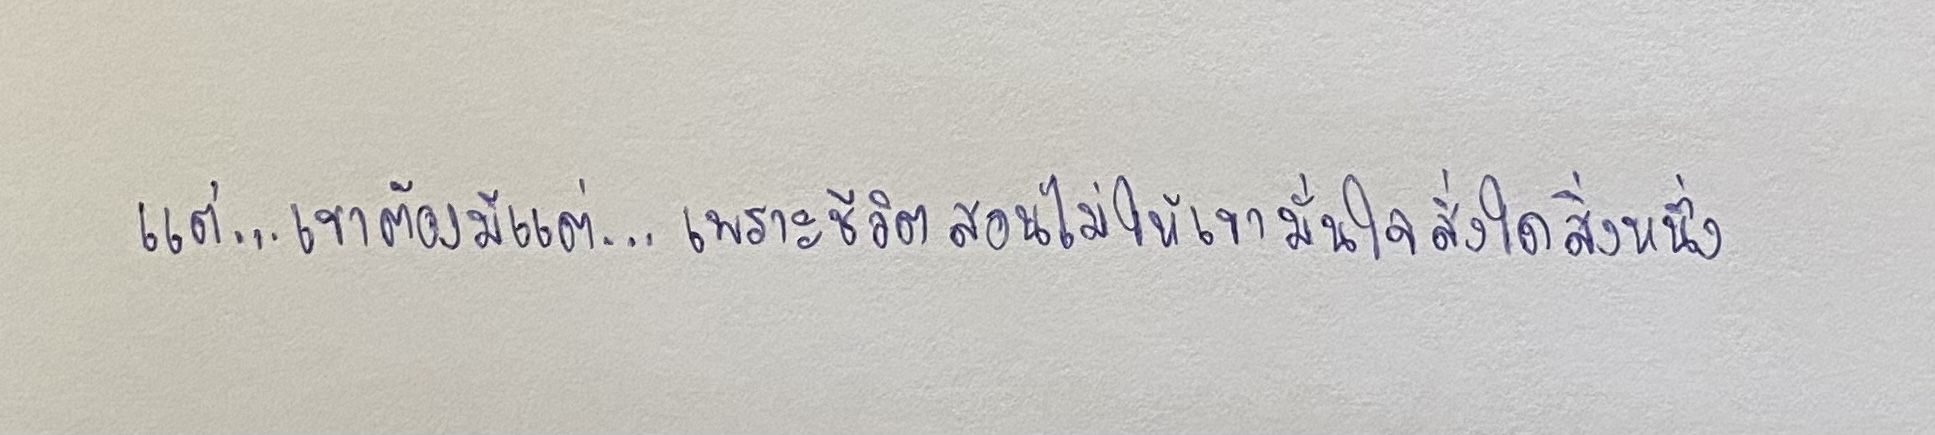
แต่...เขาต้องมีแต่...เพราะชีวิตสอนไม่ให้เขามั่นใจสิ่งใดสิ่งหนึ่ง